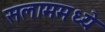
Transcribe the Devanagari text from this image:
सलाममध्ये